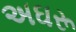
અઘરૂ